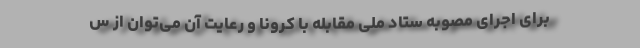
برای اجرای مصوبه ستاد ملی مقابله با کرونا و رعایت آن می‌توان از س